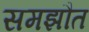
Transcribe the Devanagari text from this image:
समझौत